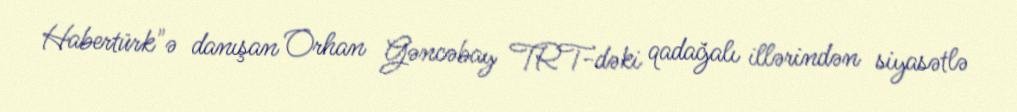
Habertürk"ə danışan Orhan Gəncəbay TRT-dəki qadağalı illərindən siyasətlə